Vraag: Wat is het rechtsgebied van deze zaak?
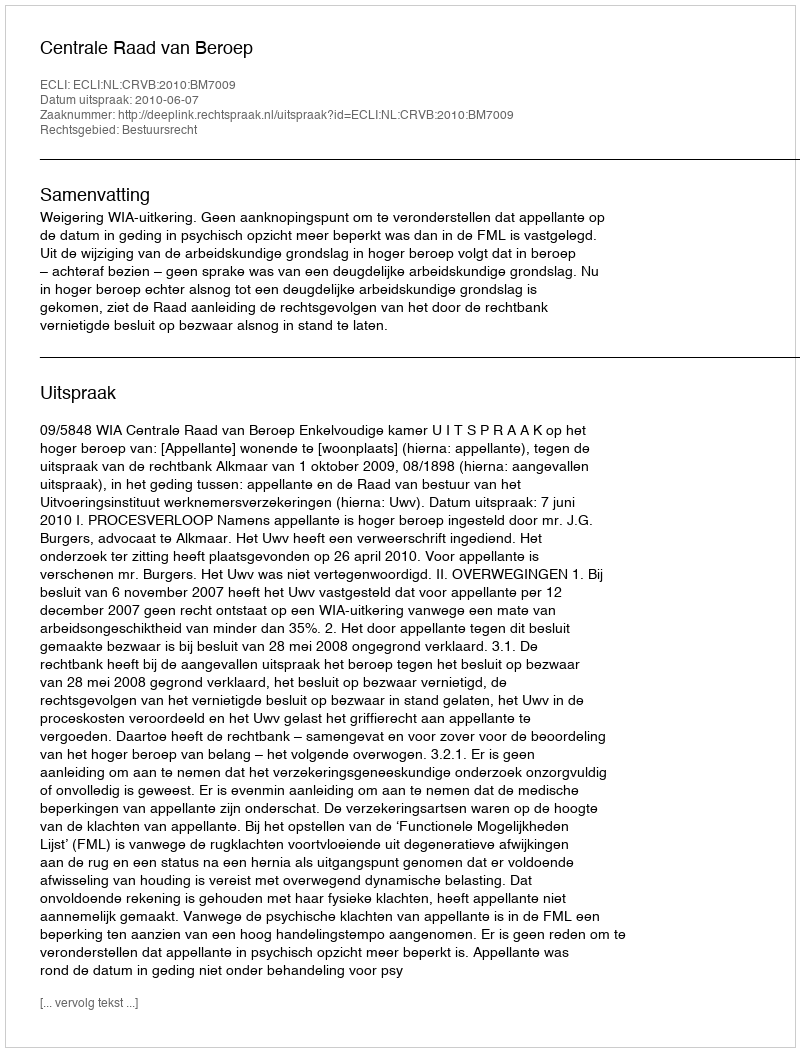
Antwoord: Bestuursrecht